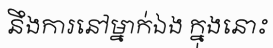
នឹងការនៅម្នាក់ឯង ក្នុងនោះ